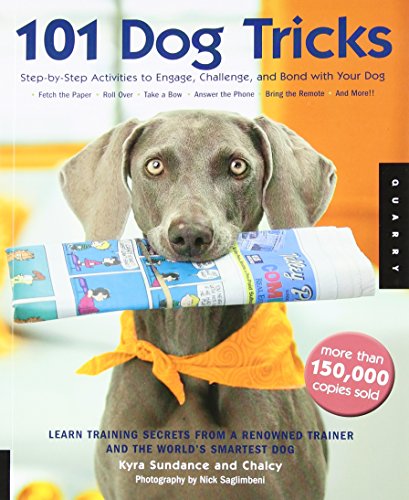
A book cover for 101 Dog Tricks: Step by Step Activities to Engage, Challenge, and Bond with Your Dog; Kyra Sundance; Crafts, Hobbies & Home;